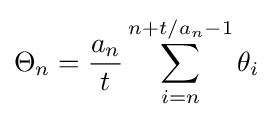
\Theta _{n}={\frac {a_{n}}{t}}\sum _{i=n}^{n+t/a_{n}-1}\theta _{i}